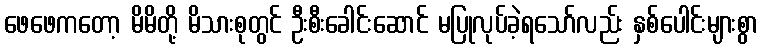
ဖေဖေကတော့ မိမိတို့ မိသားစုတွင် ဦးစီးခေါင်းဆောင် မပြုလုပ်ခဲ့ရသော်လည်း နှစ်ပေါင်းများစွာ